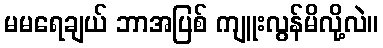
မမရေချယ် ဘာအပြစ် ကျူးလွန်မိလို့လဲ။